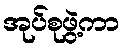
အုပ်စုဖွဲ့ကာ